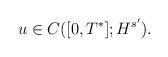
LaTeX: \begin{align*} u\in C([0,T^*]; H^{s'}).\end{align*}